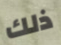
ذلك